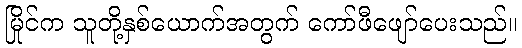
မြိုင်က သူတို့နှစ်ယောက်အတွက် ကော်ဖီဖျော်ပေးသည်။